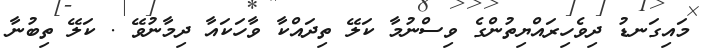
މައިގަނޑު ދިވެހިރައްޔިތުންގެ ވިސްނުމާ ކަލޭ ތިދައްކާ ވާހަކައާ ދިމާނުވޭ . ކަލޭ ތިބުނާ